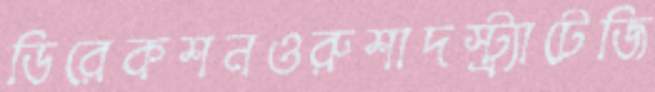
ডিরেকশনওরুশাদস্ট্র্যাটেজি